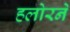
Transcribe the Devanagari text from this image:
हलोरने